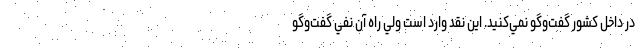
در داخل كشور گفت‌وگو نمي‌كنيد. اين نقد وارد است ولي راه آن نفي گفت‌وگو